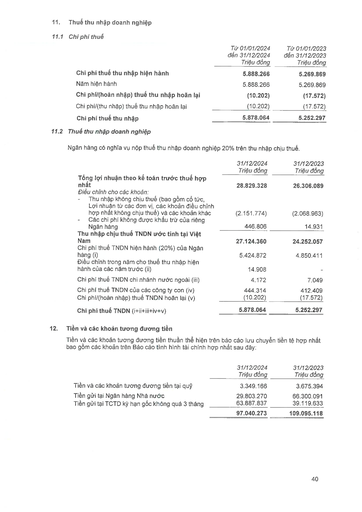
||Từ 01/01/2024 đến 31/12/2024 Triệu đồng|Từ 01/01/2023 đến 31/12/2023 Triệu đồng| |---|---|---| |Chi phí thuế thu nhập hiện hành|5.888.266|5.269.869| |Năm hiện hành|5.888.266|5.269.869| |Chi phí/(hoàn nhập) thuế thu nhập hoãn lại|(10.202)|(17.572)| |Chi phí/(thu nhập) thuế thu nhập hoãn lại|(10.202)|(17.572)| |Chi phí thuế thu nhập|5.878.064|5.252.297| ||31/12/2024 Triệu đồng|31/12/2023 Triệu đồng| |---|---|---| |Tổng lợi nhuận theo kế toán trước thuế hợp nhất Điều chỉnh cho các khoản:|28.829.328|26.306.089| |Thu nhập không chịu thuế (bao gồm cổ tức, Lợi nhuận từ các đơn vị, các khoản điều chỉnh hợp nhất không chịu thuế) và các khoản khác|(2.151.774)|(2.068.963)| |Các chi phí không được khấu trừ của riêng Ngân hàng|446.806|14.931| |Thu nhập chịu thuế TNDN ước tính tại Việt Nam|27.124.360|24.252.057| |Chi phí thuế TNDN hiện hành (20%) của Ngân hàng (i)|5.424.872|4.850.411| |Điều chỉnh trong năm cho thuế thu nhập hiện hành của các năm trước (ii)|14.908|| |Chi phí thuế TNDN chi nhánh nước ngoài (iii)|4.172|7.049| |Chi phí thuế TNDN của các công ty con (iv)|444.314|412.409| |Chi phí/(hoàn nhập) thuế TNDN hoãn lại (v)|(10.202)|(17.572)| |Chi phí thuế TNDN (i+ii+iii+iv+v)|5.878.064|5.252.297| ||31/12/2024 Triệu đồng|31/12/2023 Triệu đồng| |---|---|---| |Tiền và các khoản tương đương tiền tại quỹ|3.349.166|3.675.394| |Tiền gửi tại Ngân hàng Nhà nước|29.803.270|66.300.091| |Tiền gửi tại TCTD kỳ hạn gốc không quá 3 tháng|63.887.837|39.119.633| ||97.040.273|109.095.118|